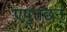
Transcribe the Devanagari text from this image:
एषुत्तछन्